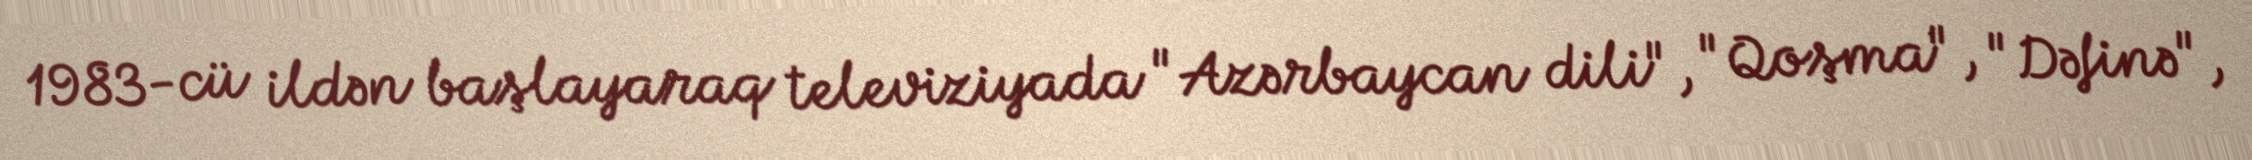
1983-cü ildən başlayaraq televiziyada "Azərbaycan dili", "Qoşma", "Dəfinə",